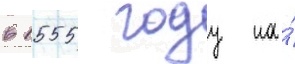
в 1555 году на́